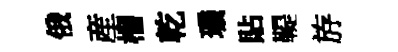
俄産榴乾璣貼鞮斿